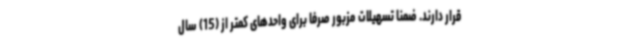
قرار دارند. ضمنا تسهیلات مزبور صرفاً برای واحدهای کمتر از (15) سال